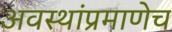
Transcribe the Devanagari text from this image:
अवस्थांप्रमाणेच